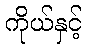
ကိုယ်နှင့်